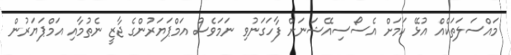
މައްސަލަތަކެއް އުޅޭ ކަމަށް އެސޯސިއޭޝަނަށް ފާހަގަނުވި ނަމަވެސް އަމްޕަޔަރުންގެ ޖާޒީ ނެތުމާއި އަމްޕަޔަރުން